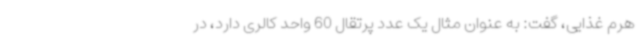
هرم غذایی، گفت: به عنوان مثال یک عدد پرتقال 60 واحد کالری دارد، در